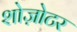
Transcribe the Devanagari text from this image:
शोज़ोटर